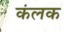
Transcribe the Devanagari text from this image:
कंलक